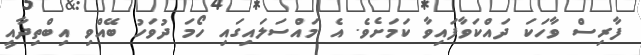
ފާރިސް ވާހަކަ ދައްކަވާފައިވާ ކަމަށެވެ. އެ މައްސަލައިގައި ހޯމަ ދުވަހު ބޭއްވި އިބްތިދާއީ